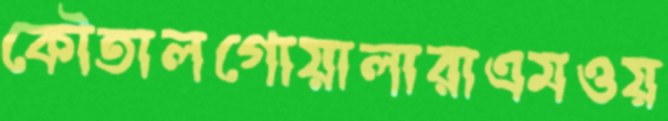
কৌতালগোয়ালারাএমওয়